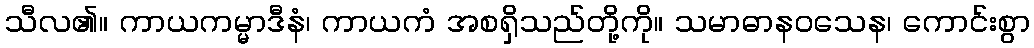
သီလ၏။ ကာယကမ္မာဒီနံ၊ ကာယကံ အစရှိသည်တို့ကို။ သမာဓာနဝသေန၊ ကောင်းစွာ